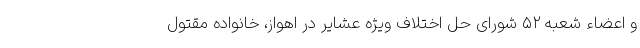
و اعضاء شعبه ۵۲ شورای حل اختلاف ویژه عشایر در اهواز، خانواده مقتول